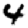
Digit: 4